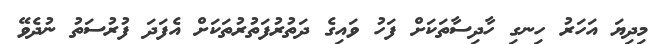
މިދިޔަ އަހަރު ހިނގި ހާދިސާތަކަށް ފަހު ވައިގެ ދަތުރުފަތުރުތަކަށް އެފަދަ ފުރުސަތު ނުދެވޭ